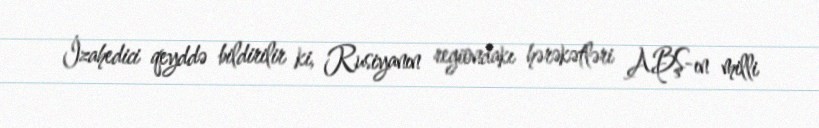
İzahedici qeyddə bildirilir ki, Rusiyanın regiondakı hərəkətləri ABŞ-ın milli